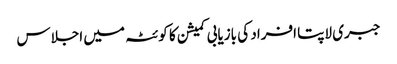
جبری لاپتا افراد کی بازیابی کمیشن کا کوئٹہ میں اجلاس